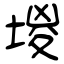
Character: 堫